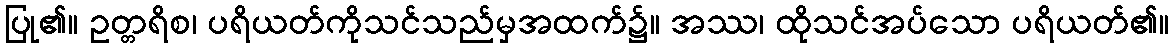
ပြု၏။ ဥတ္တရိစ၊ ပရိယတ်ကိုသင်သည်မှအထက်၌။ အဿ၊ ထိုသင်အပ်သော ပရိယတ်၏။